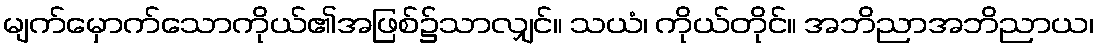
မျက်မှောက်သောကိုယ်၏အဖြစ်၌သာလျှင်။ သယံ၊ ကိုယ်တိုင်။ အဘိညာအဘိညာယ၊